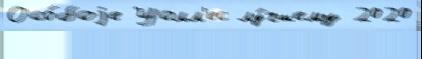
Осо́боjе Уолл'ес лу́чшему 2020